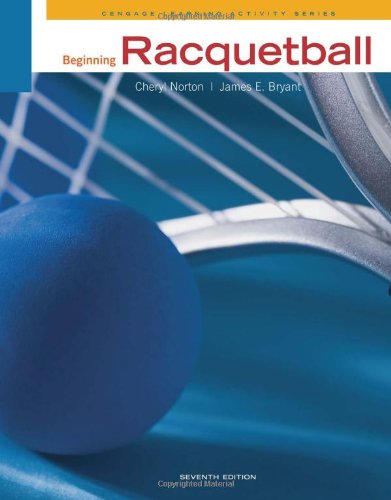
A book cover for Beginning Racquetball (Cengage Learning Activity); Cheryl Norton; Sports & Outdoors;